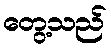
တွေ့သည်